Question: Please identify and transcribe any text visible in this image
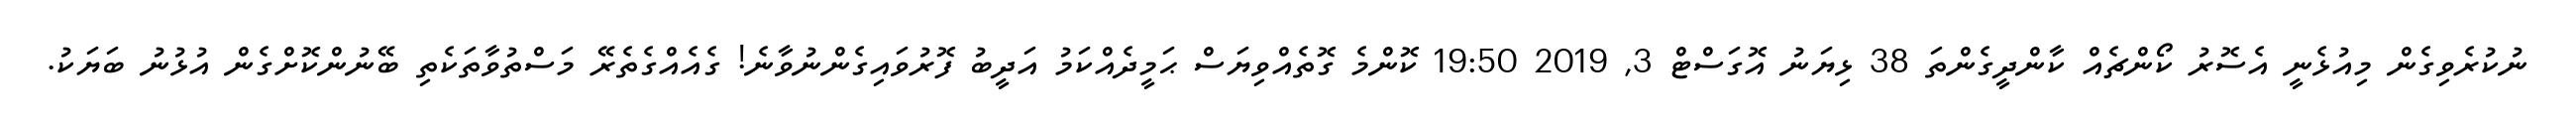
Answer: ނުކުރެވިގެން މިއުޅެނީ އެސޮރު ކޯންޗެއް ކާންދީގެންތަ 38 ޅިޔަނު އޮގަސްޓް 3, 2019 19:50 ކޮންމެ ގޮތެއްވިޔަސް ޙަމީދެއްކަމު އަދީބު ފޮރުވައިގެންނުވާނެ! ގެއެއްގެތެރޭ މަސްތުވާތަކެތި ބޭނުންކޮށްގެން އުޅުނު ބަޔަކު.